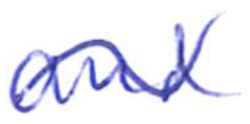
Text: and
Cross-out: wave
Writing tool: ballpoint